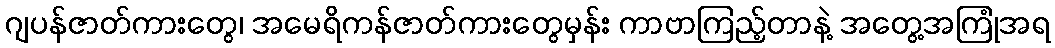
ဂျပန်ဇာတ်ကားတွေ၊ အမေရိကန်ဇာတ်ကားတွေမှန်း ကာဗာကြည့်တာနဲ့ အတွေ့အကြုံအရ